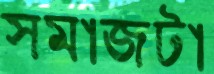
সমাজটা